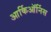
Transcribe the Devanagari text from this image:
आर्किऑर्निस